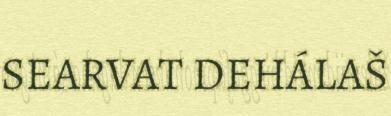
SEARVAT DEHÁLAŠ